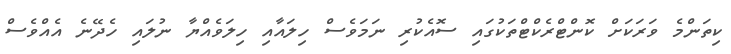
ކިތަންމެ ވަރަކަށް ކޮންޓްރެކްޓްތަކުގައި ސޮއެކުރި ނަމަވެސް ހިލައާއި ހިލަވެއްޔާ ނުލައި ހެދޭނެ އެއްވެސް